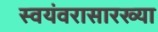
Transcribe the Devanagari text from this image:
स्वयंवरासारख्या